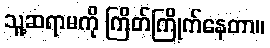
သူ့ဆရာမကို ကြိတ်ကြိုက်နေတာ။